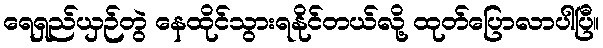
ရေရှည်ယှဉ်တွဲ နေထိုင်သွားရနိုင်တယ်လို့ ထုတ်ပြောလာပါပြီ။